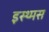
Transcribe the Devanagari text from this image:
इस्थ्मस